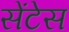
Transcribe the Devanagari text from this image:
सेंटेस